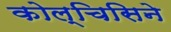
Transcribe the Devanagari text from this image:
कोल्चिसिने